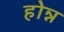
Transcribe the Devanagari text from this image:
होन्न